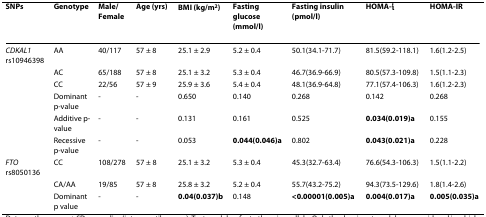
<table><thead><tr><td><b>SNPs</b></td><td><b>Genotype</b></td><td><b>Male/Female</b></td><td><b>Age (yrs)</b></td><td><b>BMI (kg/m<sup>2</sup>)</b></td><td><b>Fasting glucose (mmol/l)</b></td><td><b>Fasting insulin (pmol/l)</b></td><td><b>HOMA-ί</b></td><td><b>HOMA-IR</b></td></tr></thead><tbody><tr><td><i>CDKAL1 </i>rs10946398</td><td>AA</td><td>40/117</td><td>57 ± 8</td><td>25.1 ± 2.9</td><td>5.2 ± 0.4</td><td>50.1(34.1-71.7)</td><td>81.5(59.2-118.1)</td><td>1.6(1.2-2.5)</td></tr><tr><td></td><td>AC</td><td>65/188</td><td>57 ± 8</td><td>25.1 ± 3.2</td><td>5.3 ± 0.4</td><td>46.7(36.9-66.9)</td><td>80.5(57.3-109.8)</td><td>1.5(1.1-2.3)</td></tr><tr><td></td><td>CC</td><td>22/56</td><td>57 ± 9</td><td>25.9 ± 3.6</td><td>5.4 ± 0.4</td><td>48.1(36.9-64.8)</td><td>77.1(57.4-106.3)</td><td>1.6(1.2-2.3)</td></tr><tr><td></td><td>Dominant p-value</td><td>-</td><td>-</td><td>0.650</td><td>0.140</td><td>0.268</td><td>0.142</td><td>0.268</td></tr><tr><td></td><td>Additive p-value</td><td>-</td><td>-</td><td>0.131</td><td>0.161</td><td>0.525</td><td><b>0.034(0.019)a</b></td><td>0.155</td></tr><tr><td></td><td>Recessive p-value</td><td>-</td><td>-</td><td>0.053</td><td><b>0.044(0.046)a</b></td><td>0.802</td><td><b>0.043(0.021)a</b></td><td>0.228</td></tr><tr><td><i>FTO </i>rs8050136</td><td>CC</td><td>108/278</td><td>57 ± 8</td><td>25.1 ± 3.2</td><td>5.3 ± 0.4</td><td>45.3(32.7-63.4)</td><td>76.6(54.3-106.3)</td><td>1.5(1.1-2.2)</td></tr><tr><td></td><td>CA/AA</td><td>19/85</td><td>57 ± 8</td><td>25.8 ± 3.2</td><td>5.2 ± 0.4</td><td>55.7(43.2-75.2)</td><td>94.3(73.5-129.6)</td><td>1.8(1.4-2.6)</td></tr><tr><td></td><td>Dominant p value</td><td>-</td><td>-</td><td><b>0.04(0.037)b</b></td><td>0.148</td><td><b>&lt;0.00001(0.005)a</b></td><td><b>0.004(0.017)a</b></td><td><b>0.005(0.035)a</b></td></tr></tbody></table>